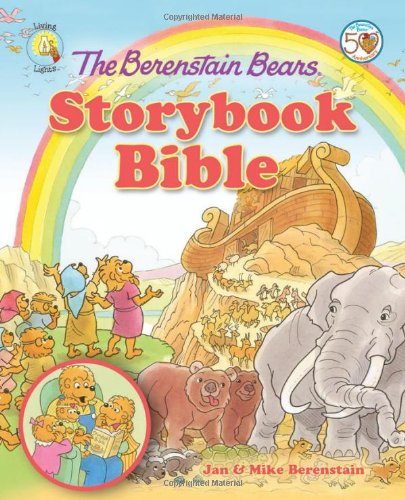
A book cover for The Berenstain Bears Storybook Bible (Berenstain Bears/Living Lights); Jan & Mike Berenstain; Christian Books & Bibles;